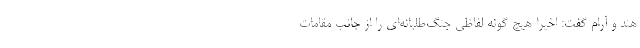
هند و آرام گفت: اخیرا هیچ گونه لفاظی جنگ‌طلبانه‌ای را از جانب مقامات